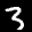
Label: 3